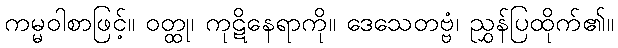
ကမ္မဝါစာဖြင့်။ ဝတ္ထု၊ ကုဋိနေရာကို။ ဒေသေတဗ္ဗံ၊ ညွှန်ပြထိုက်၏။